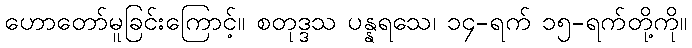
ဟောတော်မူခြင်းကြောင့်။ စတုဒ္ဒသ ပန္နရသေ၊ ၁၄-ရက် ၁၅-ရက်တို့ကို။